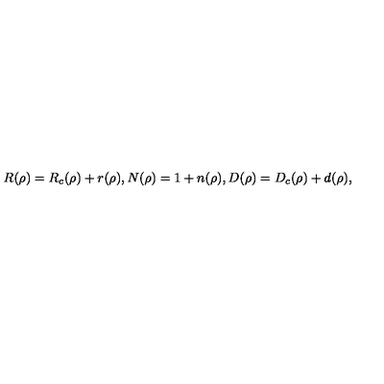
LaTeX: R ( \rho ) = R _ { c } ( \rho ) + r ( \rho ) , N ( \rho ) = 1 + n ( \rho ) , D ( \rho ) = D _ { c } ( \rho ) + d ( \rho ) ,